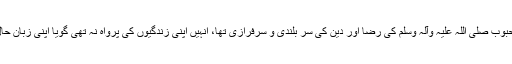
ان کا مقصدِ عظیم اپنے محبوب صلی اللہ علیہ وآلہ وسلم کی رضا اور دین کی سر بلندی و سرفرازی تھا، انہیں اپنی زندگیوں کی پرواہ نہ تھی گویا اپنی زبانِ حال سے یوں کہہ رہے ہوں۔